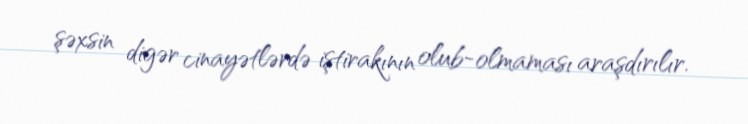
şəxsin digər cinayətlərdə iştirakının olub-olmaması araşdırılır.